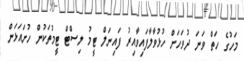
މަހުގެ ހަތް ވަނަ ދުވަަހަށް ހުޅުވާލާފައިވާއިރު ފައިނަލް ޓީމު ލިސްޓް ޓީމުތަކުން ހުށައަޅަން